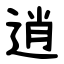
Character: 逍